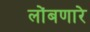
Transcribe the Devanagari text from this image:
लोंबणारे